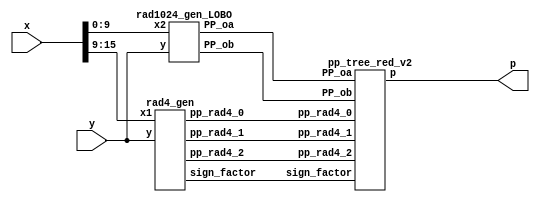
// Th = 12, Ts = 6
module LOBO_10_12_6(
    input [15:0] x,
    input [15:0] y,
    output [31:0] p
    );

// Radix 4 pp
// Generate pp

// Radix 4 pp

wire [16:0] pp_rad4_0;
wire [16:0] pp_rad4_1;
wire [16:0] pp_rad4_2;
wire [2:0] sign_factor;

rad4_gen rad4_gen1( 
	.x1(x[15:9]), .y(y),
	.pp_rad4_0(pp_rad4_0),
	.pp_rad4_1(pp_rad4_1),
	.pp_rad4_2(pp_rad4_2),
	.sign_factor(sign_factor));
	
// Radix 1024 pp 

wire [12:0] PP_oa;
wire [24:0] PP_ob;

rad1024_gen_LOBO rad1024_gen_v1( 
  .x2(x[9:0]),.y(y),
  .PP_oa(PP_oa),
  .PP_ob(PP_ob));
 
// Tree
pp_tree_red_v2 wallace_tree_quant(
	.pp_rad4_0(pp_rad4_0),
	.pp_rad4_1(pp_rad4_1),
	.pp_rad4_2(pp_rad4_2),
	.PP_oa(PP_oa),
        .PP_ob(PP_ob),
        .sign_factor(sign_factor),
	.p(p));

endmodule 

// Radix 4 gen


module code(one,two,sign,y2,y1,y0);  
	input y2,y1,y0;                     
	output one,two,sign;                
	wire [1:0]k;                        
	xor x1(one,y0,y1);                  
	xor x2(k[1],y2,y1);                 
	not n1(k[0],one);                   
	and a1(two,k[0],k[1]);              
	assign sign=y2;                     
endmodule        

// like on the picture

module rad4_gen( x1,y,pp_rad4_0,pp_rad4_1,pp_rad4_2,sign_factor);
    // inputs
    // y multiplicand
    // x multipland 
    // P1,P2,P3 partial products
    input [15:0] y;
    input [6:0] x1;
    // output
    output [16:0] pp_rad4_0;
    output [16:0] pp_rad4_1;
    output [16:0] pp_rad4_2;
    output [2:0] sign_factor;
   
    wire [2:0] one,two,sign;
    
    code code0(one[0],two[0],sign[0],x1[2],x1[1], x1[0]);
    code code1(one[1],two[1],sign[1],x1[4],x1[3], x1[2]);
    code code2(one[2],two[2],sign[2],x1[6],x1[5], x1[4]);

    
    wire [16:0] tmp1_pp; 
    assign tmp1_pp = {y[15],y}; // This variable is introduced because pp has 17 bits
    
    // first pp generation 
    wire [17:0] out1;
    assign out1[0] = sign[0];
    
    genvar i;
    generate
        for ( i = 0; i < 17; i = i+1 )
            begin : pp_rad4_first 
            product pp_pr(tmp1_pp[i],out1[i],one[0],two[0],sign[0],pp_rad4_0[i],out1[i+1]);
            end
    endgenerate
    
    // second pp generation 
    wire[17:0] out2;
    assign out2[0] = sign[1];
    
    
    genvar i2;
    generate
        for ( i2 = 0; i2 < 17; i2 = i2+1 )
            begin : pp_second 
            product pp_pr(tmp1_pp[i2],out2[i2],one[1],two[1],sign[1],pp_rad4_1[i2],out2[i2+1]);
            end
    endgenerate
    
    // third pp generation 
    wire [17:0] out3;
    assign out3[0] = sign[2];
    
    genvar i3;
    generate
        for ( i3 = 0; i3 < 17; i3 = i3+1 )
            begin : pp_third 
            product pp_pr(tmp1_pp[i3],out3[i3],one[2],two[2],sign[2],pp_rad4_2[i3],out3[i3+1]);
            end
    endgenerate
    
    
    genvar i_sign;
    generate
        for ( i_sign = 0; i_sign < 3; i_sign = i_sign+1 )
            begin : sgn_fac
            sgn_gen sgn_genXX(one[i_sign],two[i_sign],sign[i_sign],sign_factor[i_sign]);
            end
    endgenerate

endmodule


//generation of inner products

module product(x1,x0,one,two,sign,p,i);
	input x1,x0,sign,one,two;
	output p,i;
	wire [1:0] k;
	xor xo1(i,x1,sign);
	and a1(k[1],i,one);
	and a0(k[0],x0,two);
	or o1(p,k[1],k[0]);
endmodule

// like on the picture

//sign_factor generate




//sign_factor generate

module sgn_gen(one,two,sign,sign_factor);
	input sign,one,two;
	output sign_factor;
	wire k;
	or o1(k,one,two);
	and a1(sign_factor,sign,k);
endmodule

// Rad1024 gen


module rad1024_gen_LOBO(x2,y,PP_oa,PP_ob);
// inputs
// y multiplicand
// x multipland 
// P0a -> x,P0b -> partial products
input [15:0] y;
input [9:0] x2;

// output
output [12:0] PP_oa;
output [24:0] PP_ob;

// LOD detection X
// First calculate abs(x2)
// then apply LOD

wire [9:0] abs_x2;
wire [4:0] k_x2;
wire [2:0] k_x_enc;
wire zero_x2;


one_complement_w10 x0_abs_gen
		(
            .data_in(x2), 
            .sign(x2[9]),
            .data_out(abs_x2) 
        );
		  
LOD10_quant lod_x_2(abs_x2,zero_x2,k_x2);

PriorityEncoder_5 enc_kx(
            .data_i(k_x2),
            .code_o(k_x_enc));
    


// LOD detection Y
wire [3:0] k_y;
wire [1:0] k_y_enc;
wire [15:0] y_abs;
wire zero_y;
		  
one_complement_w16 y_abs_gen 
		(
            .data_in(y), 
            .sign(y[15]),
            .data_out(y_abs) 
        );	

LOD16_quant lod_y(y_abs[15:12],zero_y,k_y);

PriorityEncoder_4 enc_ky(
            .data_i(k_y),
            .code_o(k_y_enc));

				
// Reset bit on k_x position of X and invert it i
wire [9:0] x20; // value after bit reset


assign x20[9:6] =  abs_x2[9:6] & (~(k_x2[4:1]));
assign x20[5:1] =  abs_x2[5:1];
assign x20[0] =  abs_x2[0] & (~(k_x2[0]));

// generation of P0a and P0b
wire prod_sign;
wire [9:0] tmp_out0;
wire [15:0] tmp_out1;

wire [9:0] x20_signed;
wire [15:0] y_signed;

assign prod_sign = x2[9] ^ y[15];


one_complement_w10 x20_sign_gen 
		(
            .data_in(x20), 
            .sign(prod_sign),
            .data_out(tmp_out0) 
        );

		  
one_complement_w16 y_sign_gen 
		(
            .data_in(y_abs), 
            .sign(prod_sign),
            .data_out(tmp_out1) 
        );



assign y_signed = (!zero_x2 ) ? tmp_out1 : 16'b0;			
assign x20_signed = (!zero_y) ? tmp_out0 : 10'b0;

Barrel27L_10_quant gen_P0b(
	     .shift_i(k_x_enc),
             .data_i(y_signed),
             .data_o(PP_ob));
						  
Barrel13L_16 gen_P0a(
            .data_i(x20_signed),
            .shift_i(k_y_enc),
            .data_o(PP_oa));
				
//assign tmp_out0 = tmp_neg0 ^ {27{prod_sign}};
//assign tmp_out1 = tmp_neg1 ^ {27{prod_sign}};



endmodule 

module LOD16_quant(
    input [3:0] data_i,
    output zero_o,
    output [3:0] data_o
    );
	 
	
	 wire zdet;
	 
	 //*****************************************
	 // Zero detection logic:
	 //*****************************************
	 assign zdet = data_i[3] | data_i[2] | data_i[1] | data_i[0];
	 assign zero_o = ~zdet;
		 
		 
	 //*****************************************
	 // LODs:
	 //*****************************************
	 LOD4 lod4_1 (
		.data_i(data_i), 
		.data_o(data_o)
	 );

    
endmodule



	
module LOD10_quant(
    input [9:0] data_i,
    output zero_o,
    output [4:0] data_o
    );
    
     wire zdet;
     wire [4:0] tmp_in;	 
	  //*****************************************
    // Quantization 
    //*****************************************
    assign tmp_in[3:1] = data_i[8:6];
    assign tmp_in[0] = |data_i[5:0];
    //*****************************************
    // Zero detection logic:
    //*****************************************
    assign zdet = data_i[9] | tmp_in[3] | tmp_in[2] | tmp_in[1] | tmp_in[0];
    assign zero_o = ~( zdet);
        
        
    //*****************************************
    // LODs:
    //*****************************************
    LOD4 lod4_1 (
        .data_i(tmp_in[3:0]), 
        .data_o(data_o[3:0])
    );

  assign	data_o[4] = data_i[9];


endmodule


module LOD3(
    input [2:0] data_i,
    output [2:0] data_o
    );
	 
	 
	 wire mux0;
	 wire mux1;
	
	 
	 // multiplexers:
	 assign mux1 = (data_i[2]==1) ? 1'b0 : 1'b1;
	 assign mux0 = (data_i[1]==1) ? 1'b0 : mux1;
	 
	 //gates and IO assignments:
	 assign data_o[2] = data_i[2];
	 assign data_o[1] =(mux1 & data_i[1]);
	 assign data_o[0] =(mux0 & data_i[0]);
endmodule

module LOD4(
    input [3:0] data_i,
    output [3:0] data_o
    );
	 
	 
	 wire mux0;
	 wire mux1;
	 wire mux2;
	 
	 // multiplexers:
	 assign mux2 = (data_i[3]==1) ? 1'b0 : 1'b1;
	 assign mux1 = (data_i[2]==1) ? 1'b0 : mux2;
	 assign mux0 = (data_i[1]==1) ? 1'b0 : mux1;
	 
	 //gates and IO assignments:
	 assign data_o[3] = data_i[3];
	 assign data_o[2] =(mux2 & data_i[2]);
	 assign data_o[1] =(mux1 & data_i[1]);
	 assign data_o[0] =(mux0 & data_i[0]);
	 

endmodule

module LOD2(
    input [1:0] data_i,
    output [1:0] data_o
    );
	 assign data_o[1] =(data_i[1]);
	 assign data_o[0] =(~data_i[1] & data_i[0]);
endmodule


module Muxes2in1Array2(
    input [1:0] data_i,
    input select_i,
    output [1:0] data_o
    );
	assign data_o[1] = select_i ? data_i[1] : 1'b0;
	assign data_o[0] = select_i ? data_i[0] : 1'b0;
endmodule

module Muxes2in1Array4(
    input [3:0] data_i,
    input select_i,
    output [3:0] data_o
    );


	assign data_o[3] = select_i ? data_i[3] : 1'b0;
	assign data_o[2] = select_i ? data_i[2] : 1'b0;
	assign data_o[1] = select_i ? data_i[1] : 1'b0;
	assign data_o[0] = select_i ? data_i[0] : 1'b0;
	
	
endmodule


module PriorityEncoder_4(
    input [3:0] data_i,
    output reg [1:0] code_o
    );

	always @*
		case (data_i)
	     4'b0001 : code_o = 2'b00;
         4'b0010 : code_o = 2'b01;
         4'b0100 : code_o = 2'b10;
		 default  : code_o = 2'b11;
		endcase		
endmodule

module PriorityEncoder_5(
    input [4:0] data_i,
    output reg [2:0] code_o
    );

	always @*
	case (data_i)
	 5'b00001 : code_o = 3'b000;
         5'b00010 : code_o = 3'b001;
         5'b00100 : code_o = 3'b010;
         5'b01000 : code_o = 3'b011;
	  default  : code_o = 3'b100;
		endcase		
endmodule

module Barrel13L_16(
    input [9:0] data_i,
    input [1:0] shift_i,
    output reg [12:0] data_o
    );
	wire [12:0] tmp;
    assign tmp = {{3{data_i[9]}},data_i};
   
   always @*
      case (shift_i)
         2'b00: data_o = tmp;
         2'b01: data_o = tmp << 1;
         2'b10: data_o = tmp << 2;
         default: data_o = tmp << 3;
      endcase
endmodule

module Barrel27L_10_quant(
    input [15:0] data_i,
    input [2:0] shift_i,
    output reg [24:0] data_o
    );
	wire [24:0] tmp;
   assign tmp = {{9{data_i[15]}},data_i};

   always @*
      case (shift_i)
         3'b000: data_o = tmp;
         3'b001: data_o = tmp << 6;
         3'b010: data_o = tmp << 7;
         3'b011: data_o = tmp << 8;
         default: data_o = tmp << 9;
      endcase
endmodule


// reduction stage

module pp_tree_red_v2(pp_rad4_0,pp_rad4_1,pp_rad4_2,PP_oa,PP_ob,sign_factor,p);
// inputs
// pp_rad4_x - Rad4
// PP_oa, PP_ob - Rad1024
input [16:0] pp_rad4_0;
input [16:0] pp_rad4_1;
input [16:0] pp_rad4_2;
input [12:0] PP_oa;
input [24:0] PP_ob;
input [2:0] sign_factor;
// output
// product p
output [31:0] p;

// generate negative MSBs
wire [4:0] E_MSB;
not n1(E_MSB[0],PP_ob[24]);
not n2(E_MSB[1],PP_oa[12]);
not n3(E_MSB[2],pp_rad4_0[16]);
not n4(E_MSB[3],pp_rad4_1[16]);
not n5(E_MSB[4],pp_rad4_2[16]);


// Reduction 

// First reduction

// first group
wire [15:0] sum00_FA;
wire [15:0] carry00_FA;


wire [15:0] tmp001_FA;
wire [15:0] tmp002_FA;
wire [15:0] tmp003_FA;

assign tmp001_FA = {E_MSB[0],PP_ob[24:10]};
assign tmp002_FA = {E_MSB[1],PP_oa, 2'b0};
assign tmp003_FA = {pp_rad4_0[15:0]};


genvar i001;
generate
	for (i001 = 0; i001 < 16; i001 = i001 + 1)
		begin : pp_fad00
		FAd pp_fad(tmp001_FA[i001],tmp002_FA[i001], tmp003_FA[i001], carry00_FA[i001],sum00_FA[i001]);
		end
endgenerate

wire sum00_HA;
wire carry00_HA;

assign sum00_HA = ~pp_rad4_0[16];
assign carry00_HA = pp_rad4_0[16];

// second group

wire sum01_FA;
wire carry01_FA;
wire [16:0] sum01_HA;
wire [16:0] carry01_HA;

wire [16:0] tmp011_HA;
wire [16:0] tmp012_HA;

assign tmp011_HA = {1'b1,E_MSB[3],pp_rad4_1[16:3],pp_rad4_1[0]};
assign tmp012_HA = {pp_rad4_2[16:1],sign_factor[1]};

genvar i010;
generate
	for (i010 = 0; i010 < 17; i010 = i010 + 1)
		begin : pp_had01
		HAd pp_had(tmp011_HA[i010],tmp012_HA[i010],carry01_HA[i010],sum01_HA[i010]);
		end
endgenerate

FAd pp_fad010(pp_rad4_1[2],pp_rad4_2[0],sign_factor[2],carry01_FA,sum01_FA);

// Second reduction 

wire [16:0] sum10_FA;
wire [16:0] carry10_FA;

wire[16:0] tmp100;
wire[16:0] tmp101;
wire[16:0] tmp102;

assign tmp100 = {1'b1,E_MSB[2],sum00_HA,sum00_FA[15:2]};
assign tmp101 = {sum01_HA[14],carry00_HA,carry00_FA[15:1]};
assign tmp102 = {carry01_HA[13],sum01_HA[13:1],sum01_FA,pp_rad4_1[1],sum01_HA[0]};

genvar i11;
generate
	for(i11 = 0; i11 < 17; i11 = i11 +1 )
		begin : pp_fad10
		FAd pp_fad(tmp100[i11],tmp101[i11],tmp102[i11],carry10_FA[i11],sum10_FA[i11]);
		end
endgenerate


wire [2:0] tmp100_HA;
wire [2:0] tmp101_HA;

wire [2:0] sum10_HA;
wire [2:0] carry10_HA;


assign tmp100_HA = {E_MSB[4],sum01_HA[16:15]};
assign tmp101_HA = {carry01_HA[16:14]};

genvar i12;
generate
	for (i12 = 0; i12 < 3; i12 = i12 + 1)
		begin : pp_had10000
		HAd pp_had(tmp100_HA[i12],tmp101_HA[i12],carry10_HA[i12],sum10_HA[i12]);
		end
endgenerate

// Third reduction

wire [13:0] sum20_FA;
wire [13:0] carry20_FA;
wire [4:0] sum20_HA;
wire [4:0] carry20_HA; 

wire[4:0] tmp200_HA;
wire[4:0] tmp201_HA;

assign tmp200_HA = {sum10_HA,sum10_FA[16],sum10_FA[2]};
assign tmp201_HA = {carry10_HA[1:0],carry10_FA[16:15],carry10_FA[1]};

genvar i20;
generate
	for(i20 = 0; i20 < 5; i20 = i20 +1 )
		begin : pp_had20 
		HAd pp_had(tmp200_HA[i20],tmp201_HA[i20],carry20_HA[i20],sum20_HA[i20]);
		end
endgenerate

wire[13:0] tmp200_FA;
wire[13:0] tmp201_FA;
wire[13:0] tmp202_FA;

assign tmp200_FA = {sum10_FA[15:3],sum10_FA[1]};
assign tmp201_FA = {carry10_FA[14:2],carry10_FA[0]};
assign tmp202_FA = {carry01_HA[12:1],carry01_FA,carry01_HA[0]};

genvar i21;
generate
	for(i21 = 0; i21 < 14; i21 = i21 +1 )
		begin : pp_fad20
		FAd pp_fad(tmp200_FA[i21],tmp201_FA[i21],tmp202_FA[i21],carry20_FA[i21],sum20_FA[i21]);
		end
endgenerate

// CLA adder 

wire [31:0] tmp_ADD1;
wire [31:0] tmp_ADD2;

assign tmp_ADD1 = {sum20_HA[4:1],sum20_FA[13:1],sum20_HA[0],sum20_FA[0],sum10_FA[0],sum00_FA[1:0],10'b0};
assign tmp_ADD2 = {carry20_HA[3:1],carry20_FA[13:1],carry20_HA[0],carry20_FA[0],1'b0,1'b0,carry00_FA[0],sign_factor[0],PP_ob[9:0]};


// Final product

assign p = tmp_ADD1 + tmp_ADD2;

endmodule 

//adders design
module HAd(a,b,c,s);
	input a,b;
	output c,s;
	xor x1(s,a,b);
	and a1(c,a,b);
endmodule

module FAd(a,b,c,cy,sm);
	input a,b,c;
	output cy,sm;
	wire x,y,z;
	xor x1(x,a,b);
	xor x2(sm,x,c);
	and a1(y,a,b);
	and a2(z,x,c);
	or o1(cy,y,z);
endmodule

module one_complement_w10
  (
   input [9:0] data_in,
   input sign,
   output [9:0] data_out
   );
     
  genvar  ii;
  generate
    for (ii=0; ii<10; ii=ii+1) 
      begin: pc

	   assign data_out[ii] = data_in[ii] ^ (sign);

      end
  endgenerate
 
endmodule // carry_lookahead_adder

module one_complement_w16
  (
   input [15:0] data_in,
   input sign,
   output [15:0] data_out
   );
     
  genvar  ii;
  generate
    for (ii=0; ii<16; ii=ii+1) 
      begin: pc

 	 assign data_out[ii] = data_in[ii] ^ (sign);

      end
  endgenerate
 
endmodule // carry_lookahead_adder